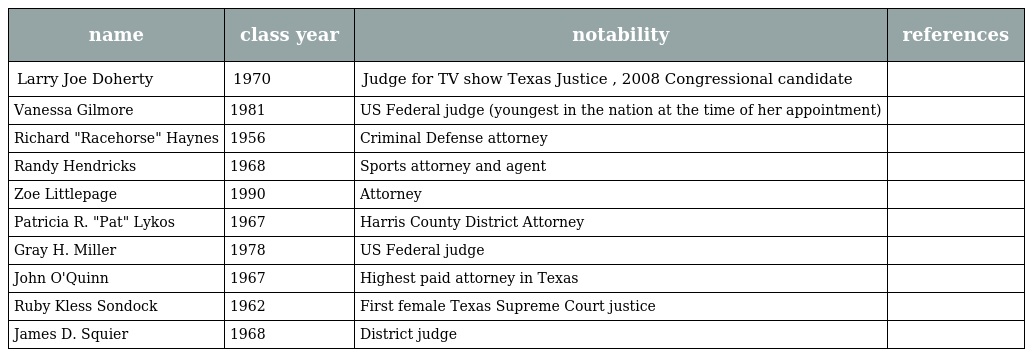
| name | class year | notability | references |
 | --- | --- | --- | --- |
 | Larry Joe Doherty | 1970 | Judge for TV show Texas Justice , 2008 Congressional candidate |  |
 | Vanessa Gilmore | 1981 | US Federal judge (youngest in the nation at the time of her appointment) |  |
 | Richard "Racehorse" Haynes | 1956 | Criminal Defense attorney |  |
 | Randy Hendricks | 1968 | Sports attorney and agent |  |
 | Zoe Littlepage | 1990 | Attorney |  |
 | Patricia R. "Pat" Lykos | 1967 | Harris County District Attorney |  |
 | Gray H. Miller | 1978 | US Federal judge |  |
 | John O'Quinn | 1967 | Highest paid attorney in Texas |  |
 | Ruby Kless Sondock | 1962 | First female Texas Supreme Court justice |  |
 | James D. Squier | 1968 | District judge |  |